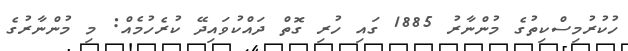
ހުކުރުމިސްކިތުގެ މުންނާރު 1885 ގައި ހުރި ގޮތް ދައްކުވައިދޭ ކުރެހުމެއް: މި މުންނާރުގެ